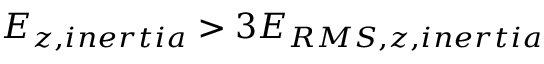
E _ { z , i n e r t i a } > 3 E _ { R M S , z , i n e r t i a }